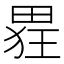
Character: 𮵂